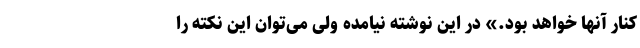
کنار آنها خواهد بود.» در این نوشته نیامده ولی می‌توان این نکته را